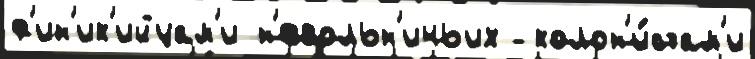
ф'ин'ик'ийцам'и н'евольн'ичьих  колон'и́стам'и